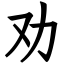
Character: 劝